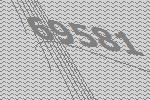
69581